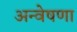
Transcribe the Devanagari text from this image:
अन्वेषणा